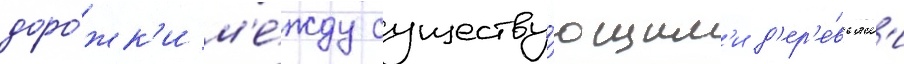
доро́жк'и м'е́жду существу́ющим'и д'ер'е́вьям'и